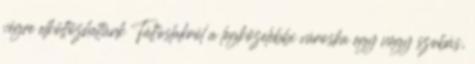
végre elköltõzhettünk Táltoslakról a legközelebbi városka egy négy szobás,